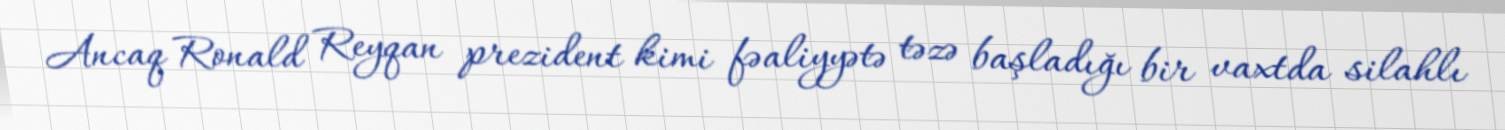
Ancaq Ronald Reyqan prezident kimi fəaliyyətə təzə başladığı bir vaxtda silahlı